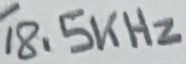
Text: 18.5KHz